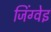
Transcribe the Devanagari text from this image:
जिंग्वेइ